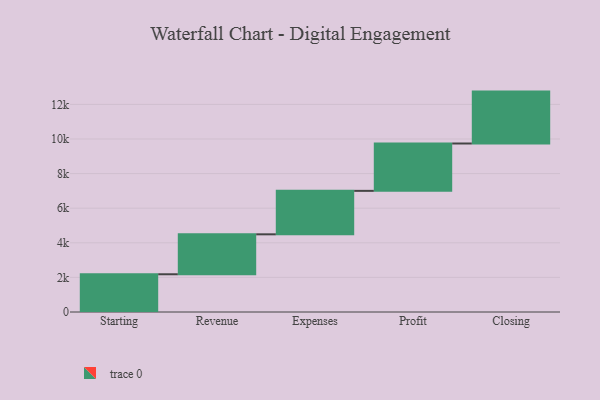
{"axis": {"x": "Step", "y": "Value"}, "legend": [""], "data": [{"x": "Starting", "y": 2181.0, "type": ""}, {"x": "Revenue", "y": 2309.0, "type": ""}, {"x": "Expenses", "y": 2512.0, "type": ""}, {"x": "Profit", "y": 2737.0, "type": ""}, {"x": "Closing", "y": 3000, "type": ""}]}